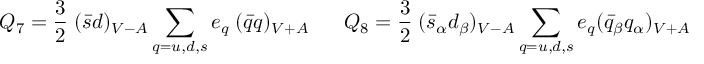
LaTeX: Q _ { 7 } = { \frac { 3 } { 2 } } \; ( \bar { s } d ) _ { V - A } \sum _ { q = u , d , s } e _ { q } \; ( \bar { q } q ) _ { V + A } ~ ~ ~ ~ ~ Q _ { 8 } = { \frac { 3 } { 2 } } \; ( \bar { s } _ { \alpha } d _ { \beta } ) _ { V - A } \sum _ { q = u , d , s } e _ { q } ( \bar { q } _ { \beta } q _ { \alpha } ) _ { V + A }